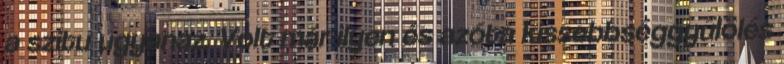
a szitu ugyanaz. Volt már ilyen és azóta kissebbséggyűlölés